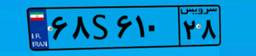
۶۸S۶۱۰۲۸